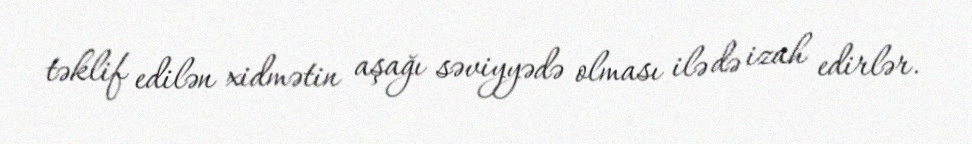
təklif edilən xidmətin aşağı səviyyədə olması ilə də izah edirlər.